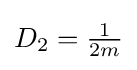
{\textstyle D_{2}={\frac {1}{2m}}}